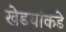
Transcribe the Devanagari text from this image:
खेडयांकडे